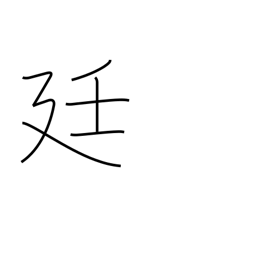
Meaning: imperial court